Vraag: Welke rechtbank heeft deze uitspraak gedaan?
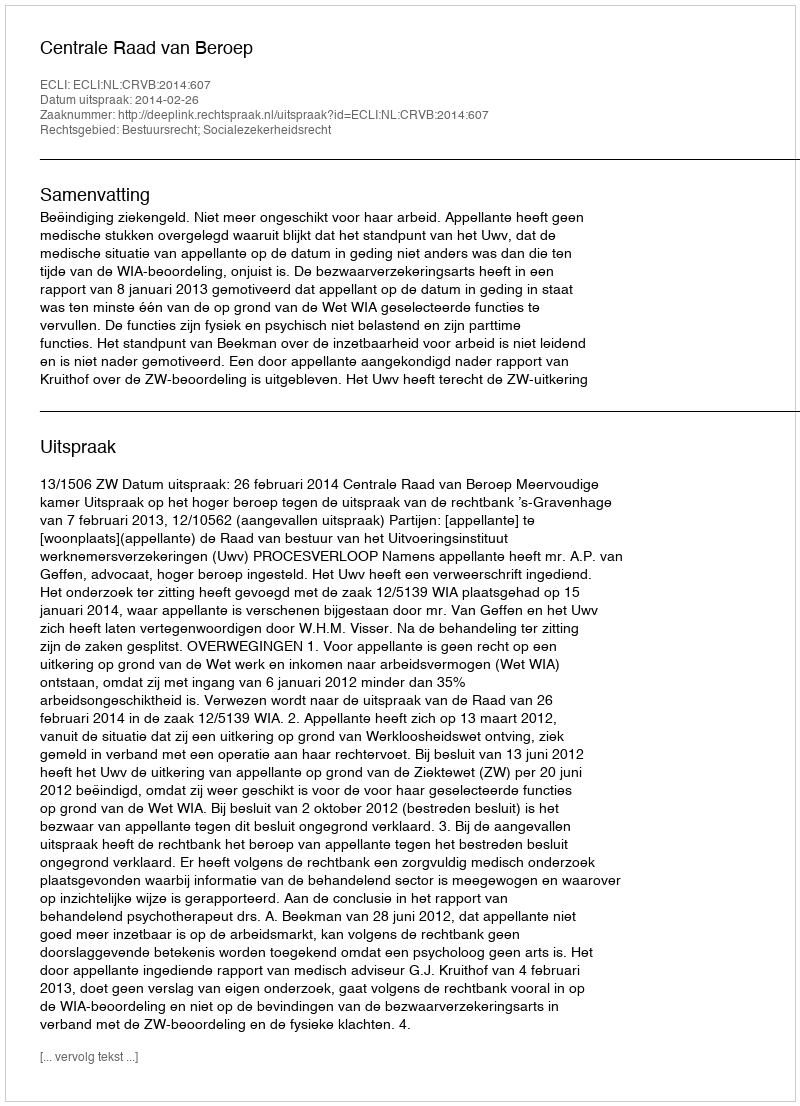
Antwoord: Centrale Raad van Beroep